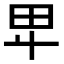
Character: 𤰞